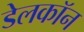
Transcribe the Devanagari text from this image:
डेलकॉन